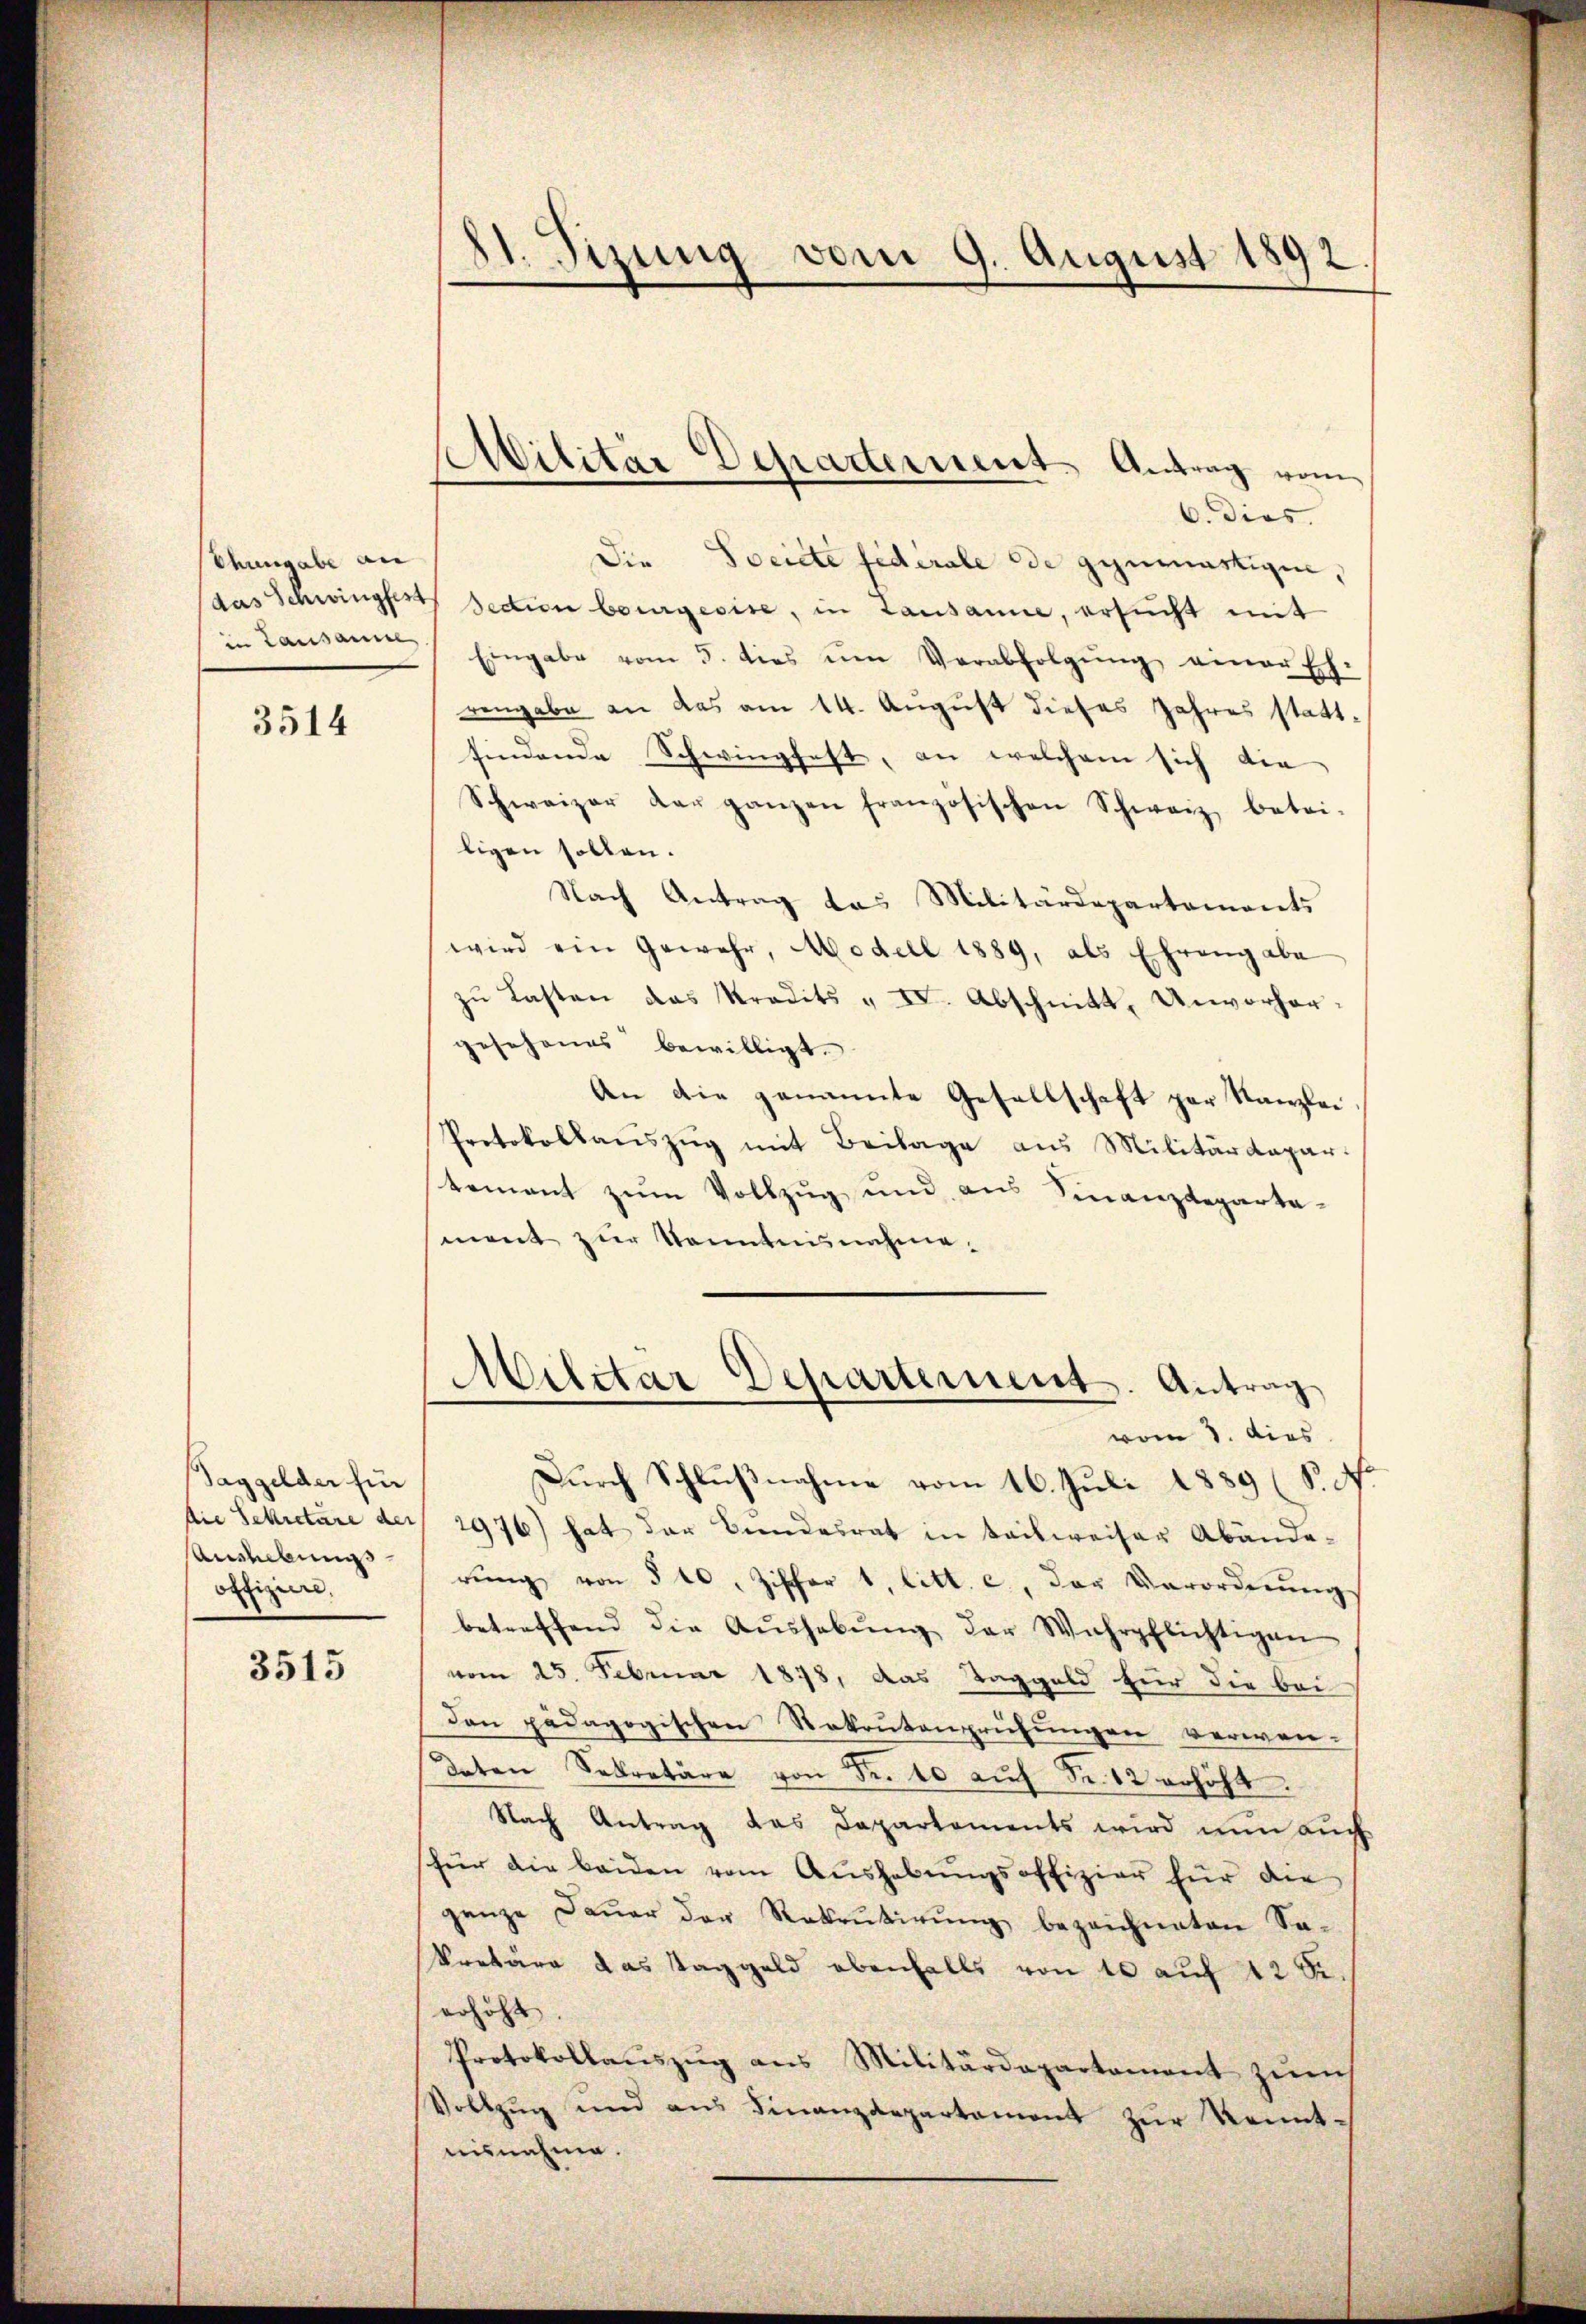
Chingabe an
in Lausanne

3514

Taggelder für
die Sekretäre der
Aushebung
offiziere.

3515

21. Sizung vom 9. August 1892

6. dies
Die Societe fidérale de genwärtigen,
das Schwingfest section bourgeoise, in Lausanne, ersucht mit
Eingabe vom 5. dies im Verabfolgŭng einer Eh-
rengabe an das am 14. August dieses Jahres stattfindende Schwingfest, an welchem sich die
Schweizer der ganzen französischen Schweiz betri-
ligen sollen.
Nach Antrag das Militärdepartements
wird ein Gewehr, Modell 1889, als Ehrengabe
zŭ Lasten das Stradits „ IV. Abschnitt, Unvorhergesehenes bewilligt.
An die genannte Gesellschaft par Kanzlei
Protokollaŭszŭg mit Beilage aus Militärdepar-
tement zŭm Vollzŭg und ans Finanzdeparta-
ment zur Kenntnisnahme.
Militar Departement. Antrag
vom 8. dies
Durch Schlußnahme vom 16. Juli 1889 (S. .
2976) hat der Bundesrat in teilweiser Abände-
rŭng von 540. Ziffer 1 litt. c., der Verordnŭngs
betreffend die Aŭshabŭng der Wahrpflichtigen
vom 25. Februar 1878, das Taggeld für die bei
Dan pädagogischen Rekrutenprüfungen verwen-
Daton Sekretäre von Fr. 10 aŭf Fr. 12 erhöht.
Nach Antrag das Dapartements wird nun auch
für die beiden vom Aŭshabŭngsoffizier für die
ganze Dauer der Rekrutirung bezeichneten Sa¬
Pretäre das Taggeld ebenfalls von 10 auf 12 S.
erhöht
Protokollaŭszŭg ans Militärdepartament zŭm
Vollzug und ans Finanzdepartament zŭr Kenntnisnahme.

Militär Departement Antrag vom